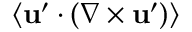
\langle { { \bf { u } } ^ { \prime } \cdot ( \nabla \times { \bf { u } } ^ { \prime } ) } \rangle